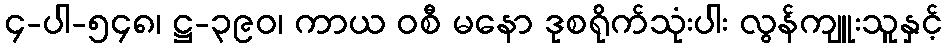
၄-ပါ-၅၄၈၊ ဋ္ဌ-၃၉၀၊ ကာယ ဝစီ မနော ဒုစရိုက်သုံးပါး လွန်ကျူးသူနှင့်